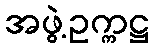
အဖွဲ့ဥက္ကဋ္ဌ